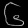
Digit: ၆